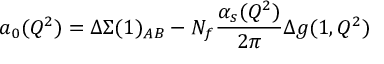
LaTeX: a _ { 0 } ( Q ^ { 2 } ) = \Delta \Sigma ( 1 ) _ { A B } - N _ { f } \frac { \alpha _ { s } ( Q ^ { 2 } ) } { 2 \pi } \Delta g ( 1 , Q ^ { 2 } )